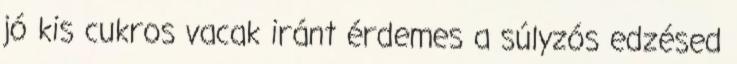
jó kis cukros vacak iránt érdemes a súlyzós edzésed